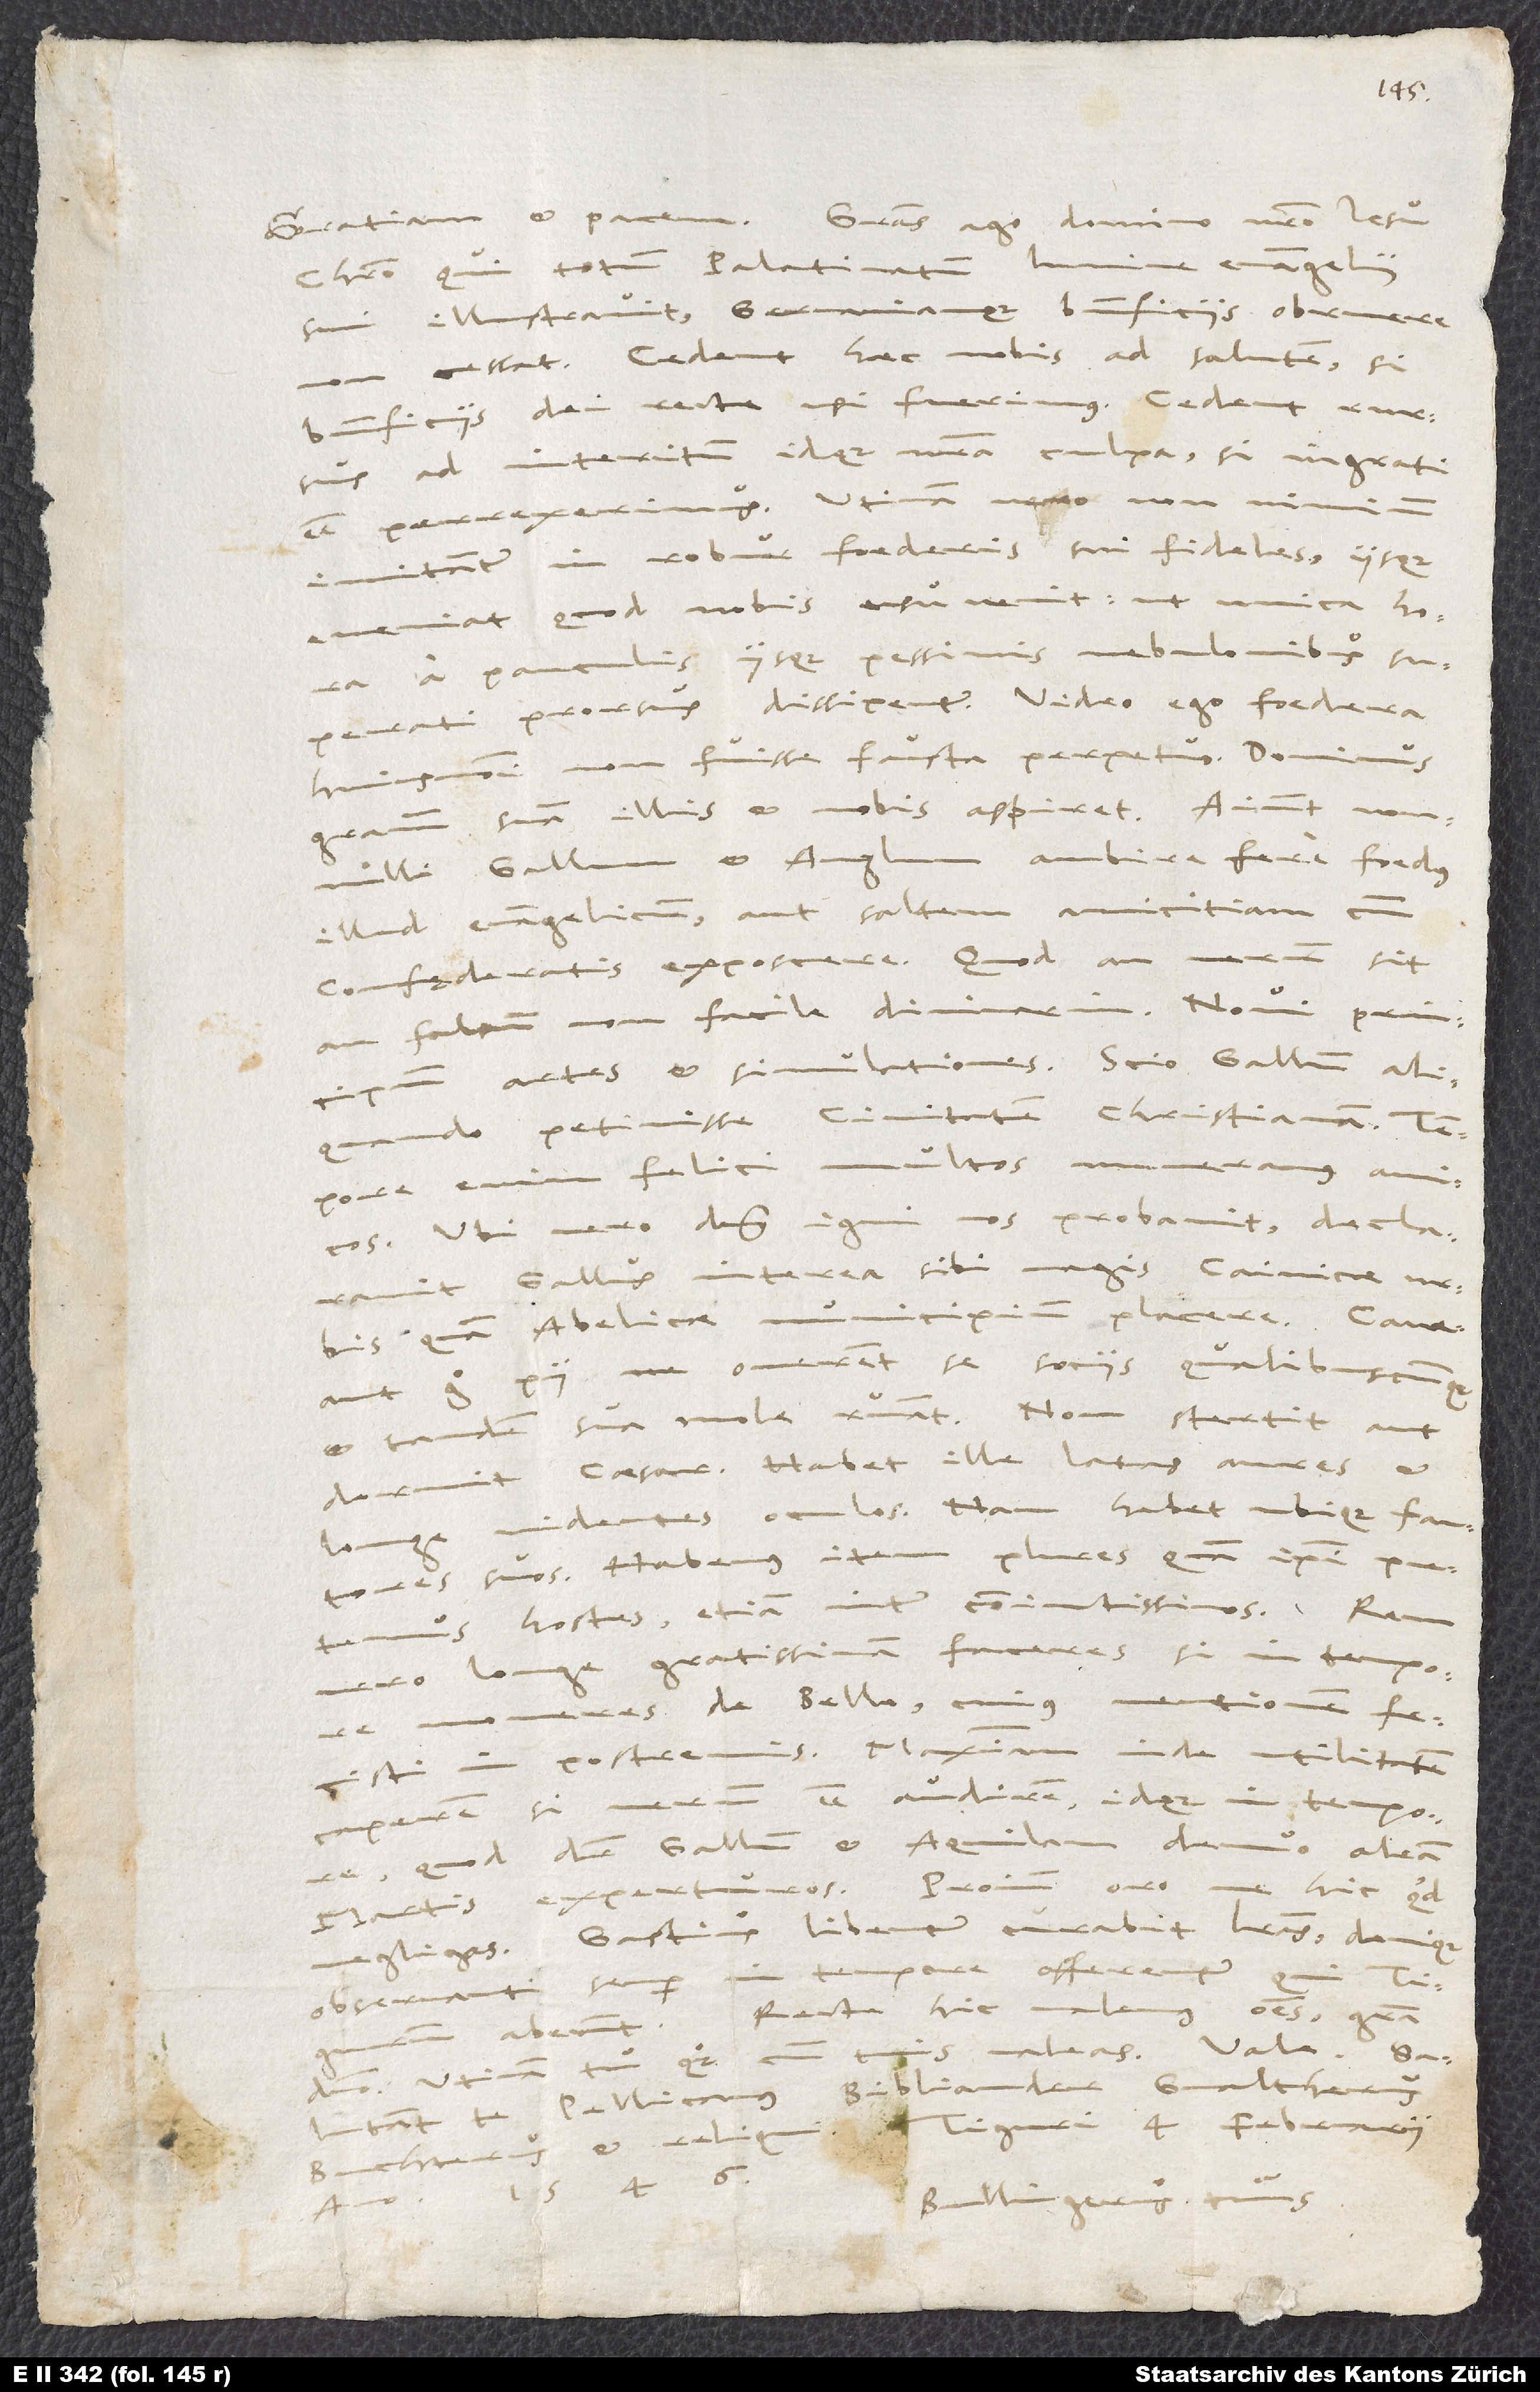
Gratiam et pacem. Gratias ago domino nostro Iesu
lumine evangelii
Christo, qui totum Palatinatum
sui illustravit Germaniamque beneficiis obruere
cessat. Cedent haec nobis ad salutem, si
beneficiis dei recte usi fuerimus; cedent rursus
ad interitum idque nostra culpa, si ingrati
innitantur in robur foederis sui fideles iisque
eveniat, quod nobis usu venit, ut unica hora
a pauculis iisque pessimis nebulonibus
superati prorsus dissipentur. Video ego foedera
huiusmodi non fuisse fausta perpetuo.
gratiam suam illis et nobis aspiret. Aiunt nonnulli
ambire fere foedus
Gallum et Anglum
illud evangelicum aut saltem amicitiam cum
confęderatis exposcere. Quod an verum sit
artes et simulationes. Scio Gallum aliquando
petivisse civitatem christianam;
tempore enim felici multos numeramus amicos.
Ubi vero dominus igni nos probavit, declaravit
Gallus interea sibi magis Cainicae urbis
quam Abelicae municipium placere. Caveant
ergo pii, ne onerent se sociis qualibuscunque
et tandem sua mole ruant. Non stertit aut
dormit caesar. Habet ille latas aures et
longe videntes oculos, nam habet ubique fautores
suos. Habemus item plures, quam ipsi putemus,
hostes, etiam inter coniunctissimos.
vero longe gratissimam faceres, si in tempore
moneres de bello, cuius mentionem fecisti
in postremis. Maximam inde utilitatem
caperem, si verum esse audirem idque in tempore,
quod dicitur Gallum et Aquilam denuo aleam
Proinde oro, ne hic quid
Martis experturos.
Gastius libenter curabit literas; denique
tempore offerentur,
observanti semper
Recte hic valemus omnes gratia
abeunt.
domino. Utinam tu quoque cum tuis valeas! Vale.
Salutant te Pellicanus, Bibliander, Gvaltherus,
1546.
Bullingerus tuus.
anno